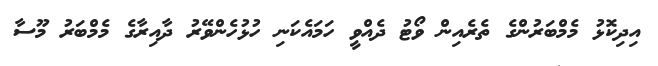
އިދިކޮޅު މެމްބަރުންގެ ތެރެއިން ވޯޓު ދެއްވީ ހަމައެކަނި ހުޅުހެންވޭރު ދާއިރާގެ މެމްބަރު މޫސާ